system: You are a helpful assistant.
user:
Analyze the provided spectrum to determine if it is a **M-type Giant (gM)**.

A M-type Giant spectrum is defined by its **strong molecular absorption** features, particularly from **Titanium Oxide (TiO)**. You must check for one of the following mutually exclusive signatures:

- **Key Visual Indicators (Absorption-Dominated Spectrum):**

    - **(Primary):** The spectrum is dominated by strong molecular absorption from **Titanium Oxide (TiO)**. This is the **defining feature** of its M-type temperature class.
        - **(Key Bandheads):** Look for sharp, "saw-tooth" absorption valleys. The strongest are located near **~7050 Å**, **~6160 Å**, and **~5170 Å**.
        - **(Line Profile):** The "saw-tooth" morphology is critical: a **sharp, steep drop on the BLUE (short-wavelength) side** of the bandhead, followed by a gradual recovery (rising flux) towards the RED (long-wavelength) side.

    - **(Key Confirmation - Giant vs. Dwarf):** **ABSENCE** of strong **Calcium Hydride (CaH)** molecular bands. This is the primary diagnostic for *excluding* M-dwarfs.
        - **(Key Region):** The spectrum should lack the strong, broad absorption band seen in dwarfs between **~6800 Å and ~7000 Å**.

    - **(Secondary Confirmation - Giant):** A very strong and broad **Neutral Calcium (Ca I)** atomic absorption line.
        - **(Key Line):** Located at **~4226 Å**. In a giant (gM), this line is significantly deeper and broader than the same line in an M-dwarf (dM) due to low surface gravity.

    - **(Overall Spectrum):**
        - The continuum is **extremely red-sloping** (i.e., flux is very low in the blue and rises dramatically towards the red).
        - The entire spectrum appears "chopped up" by the deep TiO bands.

Think first, call **spectral_visualization_tool** if needed to examine features in detail, then provide your final answer. Your response must adhere to the following strict rules:
1.  **Overall Structure:** Your response must follow the format `<think>...</think> <tool_call>...</tool_call> (if a tool is used) <answer>...</answer>`.
2.  **Tool Usage Constraint:** You may only make **one** tool call per turn.
3.  **Final Answer Format:** In the `<answer>` tag, your conclusion must be inside a `\boxed{}` command (e.g., `\boxed{YES}` or `\boxed{NO}`), followed by your justification.

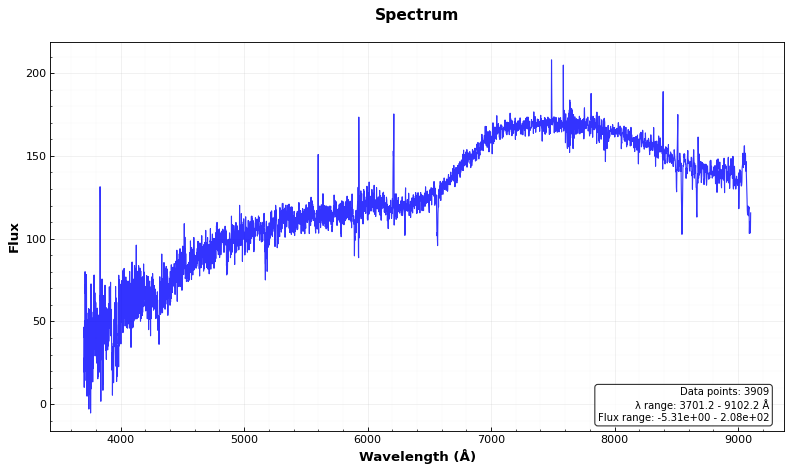
Answer: NO